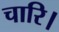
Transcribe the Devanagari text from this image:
चारि।